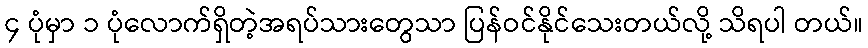
၄ ပုံမှာ ၁ ပုံလောက်ရှိတဲ့အရပ်သားတွေသာ ပြန်ဝင်နိုင်သေးတယ်လို့ သိရပါ တယ်။